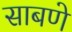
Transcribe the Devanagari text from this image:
साबणे